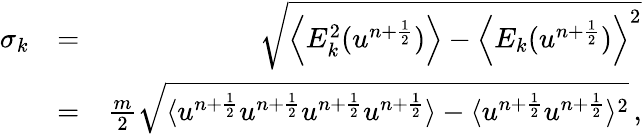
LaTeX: \begin{array}{rlr}{\sigma_{k}}&{=}&{\sqrt{\left\langle E_{k}^{2}(u^{n+\frac{1}{2}})\right\rangle-\left\langle E_{k}(u^{n+\frac{1}{2}})\right\rangle^{2}}}\\ &{=}&{\frac{m}{2}\sqrt{\langle u^{n+\frac{1}{2}}u^{n+\frac{1}{2}}u^{n+\frac{1}{2}}u^{n+\frac{1}{2}}\rangle-\langle u^{n+\frac{1}{2}}u^{n+\frac{1}{2}}\rangle^{2}}\, ,}\end{array}